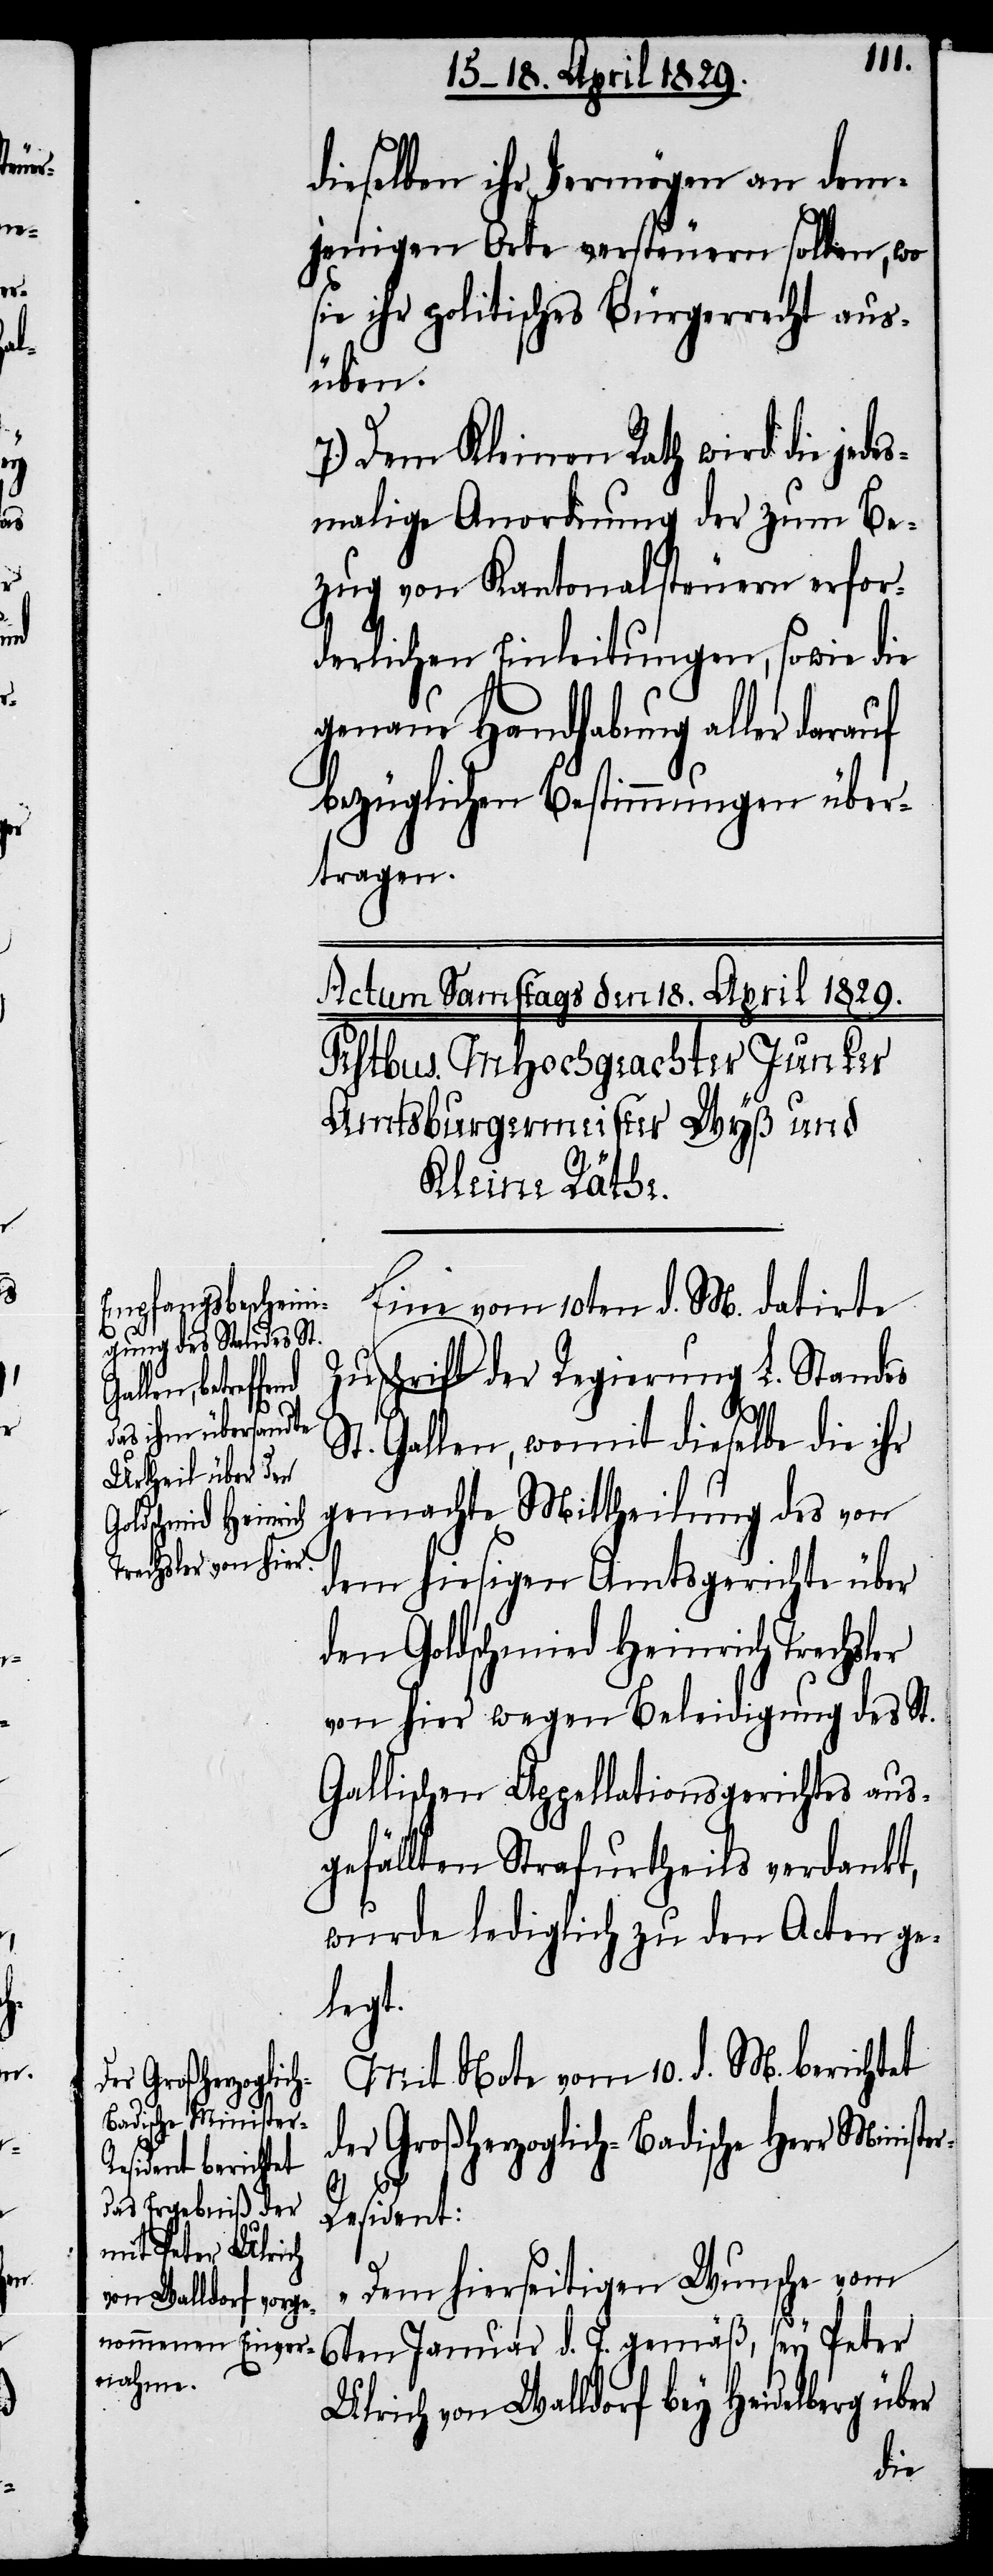
r-Resident:

dieselben ihr Vermögen an dem¬
jenigen Orte versteuern sollen, wo
sie ihr politisches Bürgerrecht aus¬
üben.
7.) Dem Kleinen Rath wird die jede¬
smalige Anordnung der zum Be¬
zug von Kantonalsteuern erfor¬
derlichen Einleitungen, sowie die
genaue Handhabung aller darauf
bezüglichen Bestimmungen über¬
tragen.
Eine vom 10ten d. M. datirte
Zuschrift der Regierung L. Standes
St. Gallen, womit dieselbe die ihr
gemachte Mittheilung des von
dem hiesigen Amtsgerichte über
den Goldschmid Heinrich Trechsler
von hier wegen Beleidigung des St.
Gallischen Appellationsgerichtes aus¬
gefällten Strafurtheils verdankt,
wurde lediglich zu den Acten ge¬
legt.
Mit Note vom 10. d. M. berichtet
der Großherzoglich-Badische Herr Ministe¬
„Dem hierseitigen Wunsche vom
6ten Januar d. J. gemäß, sey Peter
Ulrich von Walldorf bey Heidelberg über